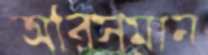
অরিসমান